King Institute of Preventive Medicine Bacteriolog. Section reports 1907-08
Year: 1907
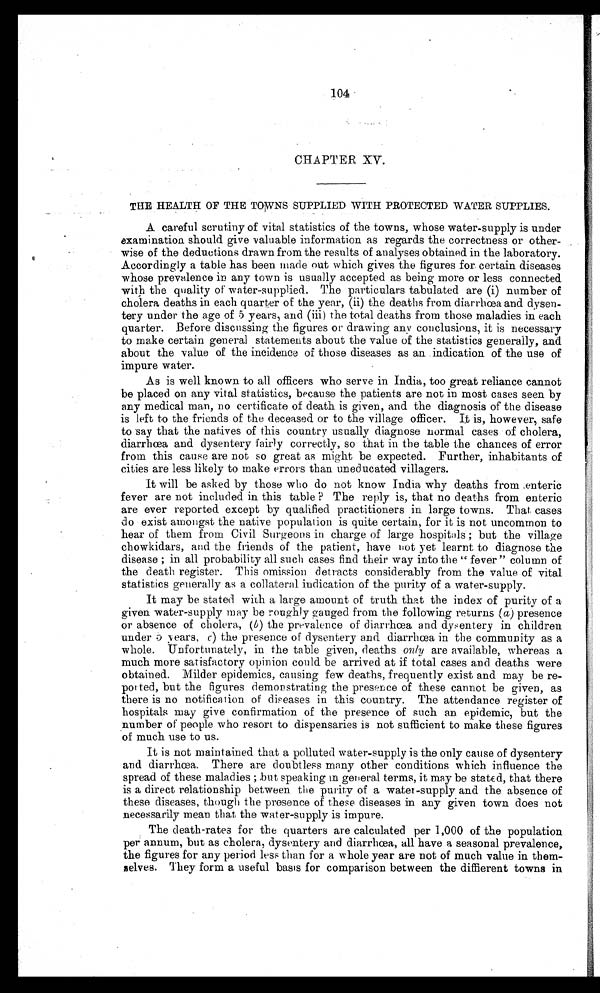
104
CHAPTER XV.
THE HEALTH OF THE TOWNS SUPPLIED WITH PROTECTED WATER SUPPLIES.
A careful scrutiny of vital statistics of the towns, whose water-supply is under
examination should give valuable information as regards the correctness or other-
wise of the deductions drawn from the results of analyses obtained in the laboratory.
Accordingly a table has been made out which gives the figures for certain diseases
whose prevalence in any town is usually accepted as being more or less connected
with the quality of water-supplied. The particulars tabulated are (i) number of
cholera deaths in each quarter of the year, (ii) the deaths from diarrhœa and dysen-
tery under the age of 5 years, and (iii) the total deaths from those maladies in each
quarter. Before discussing the figures or drawing any conclusions, it is necessary
to make certain general statements about the value of the statistics generally, and
about the value of the incidence of those diseases as an indication of the use of
impure water.
As is well known to all officers who serve in India, too great reliance cannot
be placed on any vital statistics, because the patients are not in most cases seen by
any medical man, no certificate of death is given, and the diagnosis of the disease
is left to the friends of the deceased or to the village officer. It is, however, safe
to say that the natives of this country usually diagnose normal cases of cholera,
diarrhœa and dysentery fairly correctly, so that in the table the chances of error
fro this cause are not so great as might be expected. Further, inhabitants of
cities are less likely to make errors than uneducated villagers.
It will be asked by those who do not know India why deaths from enteric
fever are not included in this table The reply is, that no deaths from enteric
are ever reported. except by qualified practitioners in large towns. That cases
do exist amongst the native population is quite certain, for it is not uncommon to
hear of them from Civil Surgeons in charge of large hospitals ; but the village
chowkidars, and the friends of the patient, have not yet learnt to diagnose the
disease ; in all probability all such cases find their way into the " fever " column of
the death register. This omission detracts considerably from the value of vital
statistics generally as a collateral indication of the purity of a water-supply.
It may be stated with. a large amount of truth that the index of purity of a
given water-supply may be roughly gauged from the following returns (a) presence
or absence of cholera, (b) the prevalence of diarrhœa and dysentery in children
under 5 years, c) the presence of dysentery and diarrhœa in the community as a
whole. Unfortunately, in the table given, deaths only are available, whereas a
much more satisfactory opinion could be arrived at if total. cases and deaths were
obtained. Milder epidemics, causing few deaths, frequently exist and may be re-
ported, but the figures demonstrating the presence of these cannot be given, as
there is no notification of disease in this country. The attendance register of
hospitals may give confirmation of the presence of such an. epidemic, but the
number of people who resort to dispensaries is not sufficient to make these figures
of much use to us.
It is not maintained that a polluted water-supply is the only cause of dysenteric
and diarrhœa. There are doubtless many other conditions which influence the
spread of these maladies ; but speaking in general terms, it may be stated, that there
is a direct relationship between the purity of a watet-supply and the absence of
these diseases, though the presence of these diseases in any given town does not
necessarily mean that the water-supply is impure.
The death-rates for the quarters are calculated per 1,000 of the population
D e r a n n u m , b u t a s c h o l e r a , d y s e n t e r y a n d d i a r r h œ a , a l l h a v e a s e a s o n a l p r e v a l e n c e ,
the figures for any period less than for a whole year are not of much value in them-
selves . They form a useful basis for comparison between the diffierent towns in